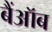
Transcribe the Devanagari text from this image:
बैंऑब